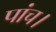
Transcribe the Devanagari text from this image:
पांच।